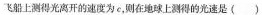
飞船上测得光离开的速度为c，则在地球上测得的光速是()